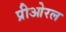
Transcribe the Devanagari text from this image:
प्रीओरल